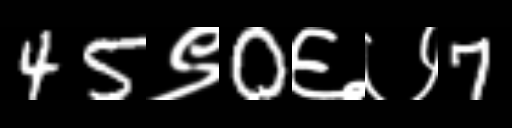
Text: 45९0६७7